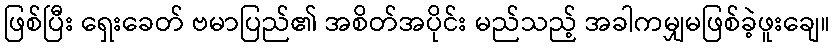
ဖြစ်ပြီး ရှေးခေတ် ဗမာပြည်၏ အစိတ်အပိုင်း မည်သည့် အခါကမျှမဖြစ်ခဲ့ဖူးချေ။